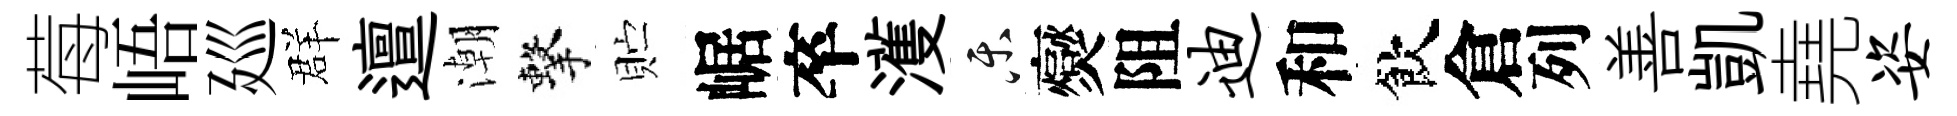
莓峿廵群邅潮擊贮崌卒濩乐爕阻迪和飲倉列善凱堯姿